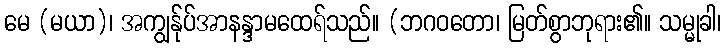
မေ (မယာ)၊ အကျွန်ုပ်အာနန္ဒာမထေရ်သည်။ (ဘဂဝတော၊ မြတ်စွာဘုရား၏။ သမ္မုခါ၊